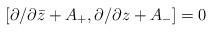
LaTeX: \begin{align*}{}[\partial /\partial \bar{z}+A_+, \partial /\partial z+A_-]=0\end{align*}